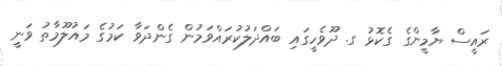
ރައީސް ޔާމީންގެ ގެކޮޅު ގ. ދޫވެހީގައި ބައްދަލުކުރައްވަމުން ގެންދަވާ ކަމުގެ މައުލޫމާތު ވަނީ